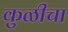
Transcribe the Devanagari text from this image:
कुळीचा